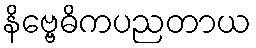
နိဗ္ဗေဓိကပညတာယ